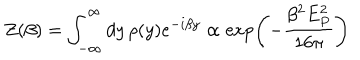
LaTeX: Z ( \beta ) = \int _ { - \infty } ^ { \infty } d y \, \rho ( y ) e ^ { - i \beta y } \propto \exp \left( - { \frac { \beta ^ { 2 } E _ { P } ^ { 2 } } { 1 6 \pi } } \right)